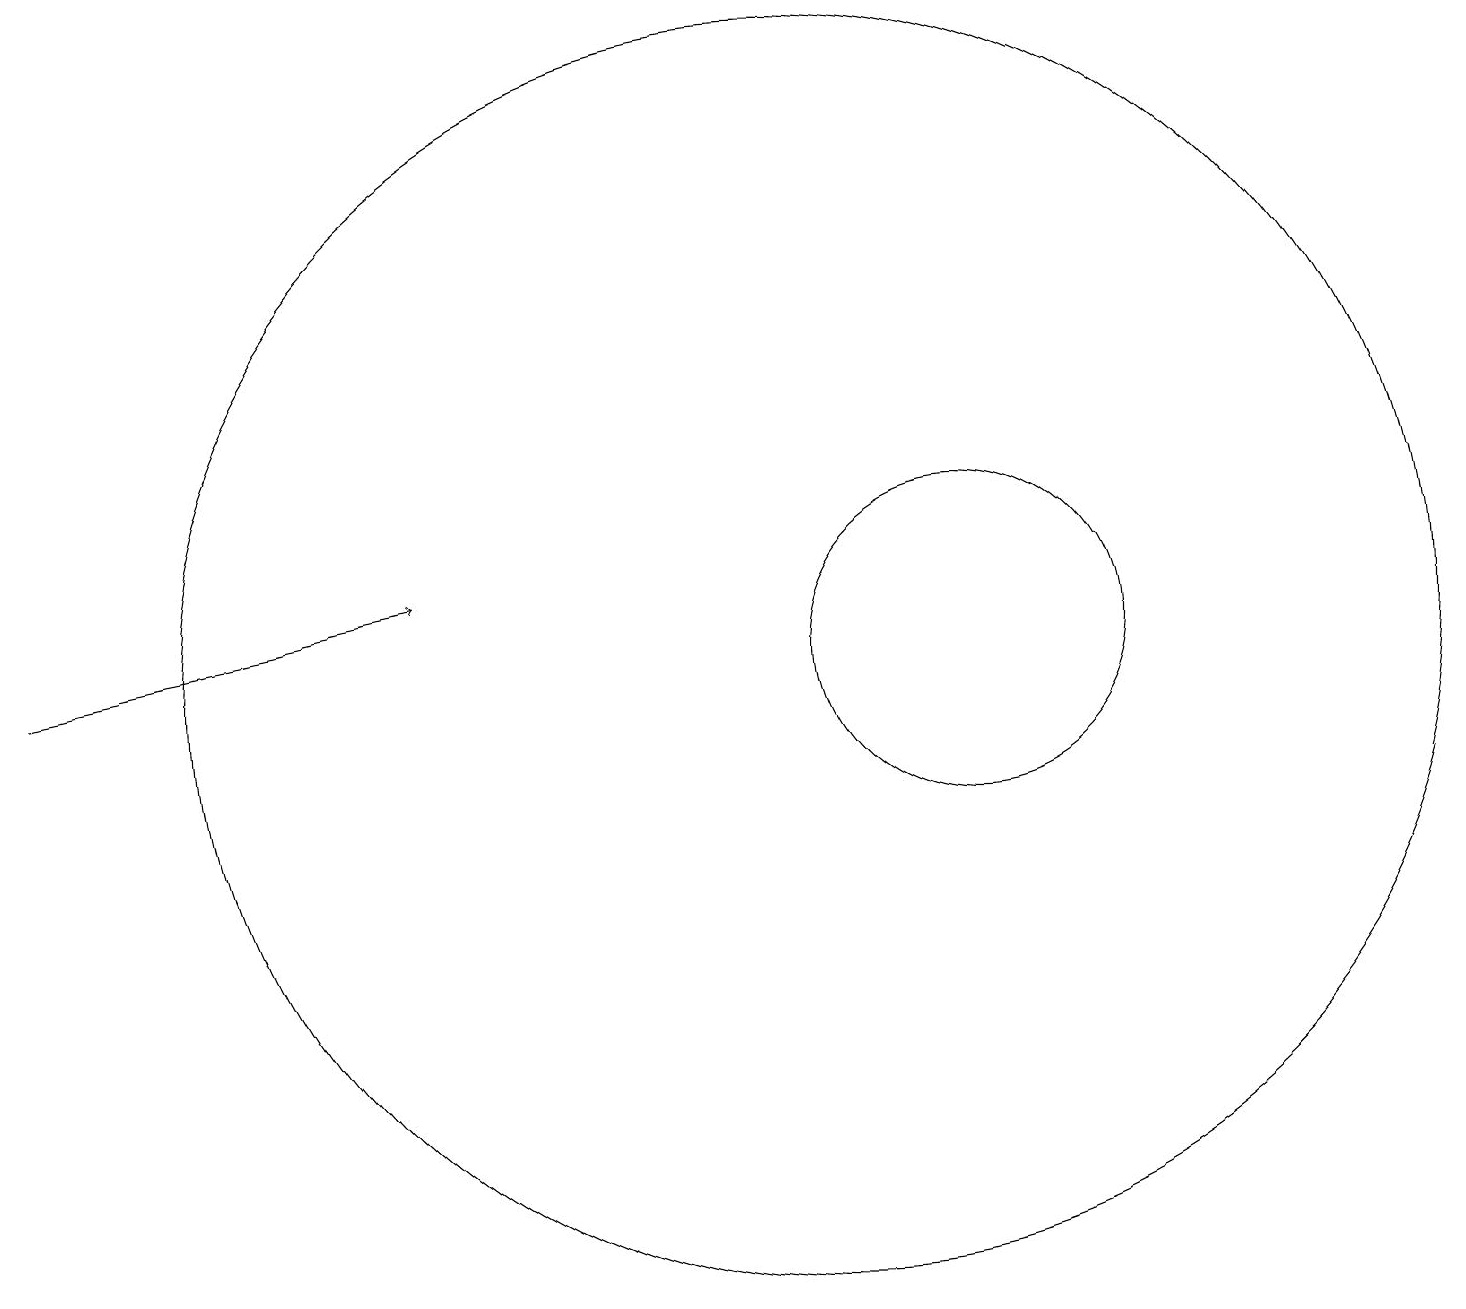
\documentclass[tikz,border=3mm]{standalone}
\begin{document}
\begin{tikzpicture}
\draw (12,11) circle (2);
\draw (10,11) circle (8);
\draw[->] (0,11) -- (5,12);
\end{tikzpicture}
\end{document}